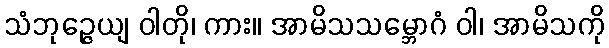
သံဘုဉ္ဇေယျ ဝါတို၊ ကား။ အာမိသသမ္ဘောဂံ ဝါ၊ အာမိသကို